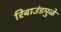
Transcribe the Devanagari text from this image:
रिबाउंडमुळे